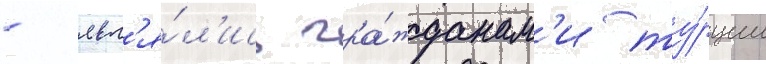
- явл'я́л'ись гра́жданам'и ту́рции